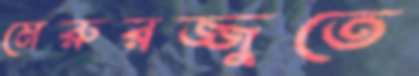
মেরুরজ্জুতে